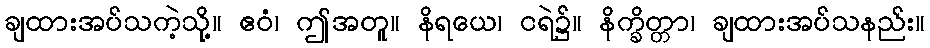
ချထားအပ်သကဲ့သို့။ ဧဝံ၊ ဤအတူ။ နိရယေ၊ ငရဲ၌။ နိက္ခိတ္တာ၊ ချထားအပ်သနည်း။